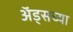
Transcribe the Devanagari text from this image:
अॅड्सच्या